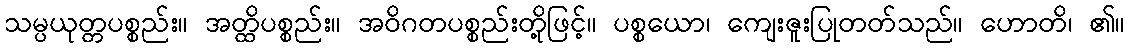
သမ္ပယုတ္တပစ္စည်း။ အတ္ထိပစ္စည်း။ အဝိဂတပစ္စည်းတို့ဖြင့်။ ပစ္စယော၊ ကျေးဇူးပြုတတ်သည်။ ဟောတိ၊ ၏။